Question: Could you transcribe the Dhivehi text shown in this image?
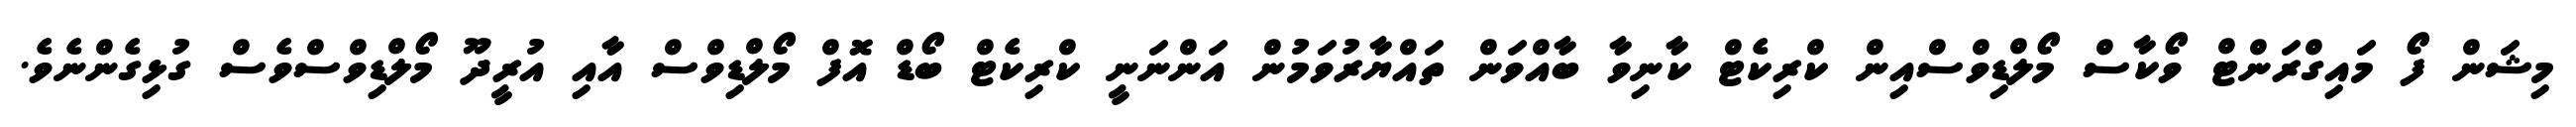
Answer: މިޝަން ފޯ މައިގްރަންޓް ވޯކާސް މޯލްޑިވްސްއިން ކްރިކެޓް ކާނިވާ ބާއްވަން ތައްޔާރުވަމުން އަންނަނީ ކްރިކެޓް ބޯޑް އޮފް މޯލްޑިވްސް އާއި އުރީދޫ މޯލްޑިވްސްވެސް ގުޅިގެންނެވެ.